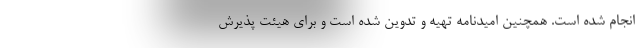
انجام شده است. همچنین امیدنامه تهیه و تدوین شده است و برای هیئت پذیرش